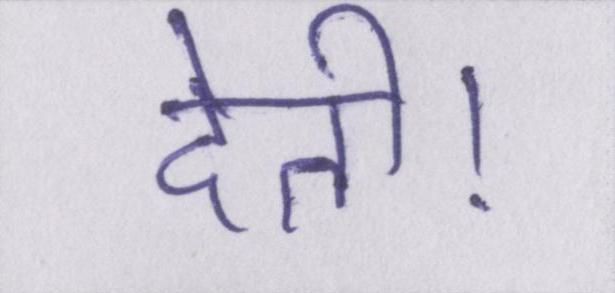
देती।